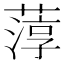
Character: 𮶱